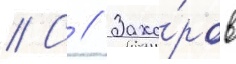
// С // Заха́ров